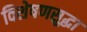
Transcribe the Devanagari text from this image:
विशेषणसुद्धा